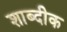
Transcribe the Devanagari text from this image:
शाब्दीक